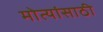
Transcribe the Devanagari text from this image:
मोत्यांसाठी